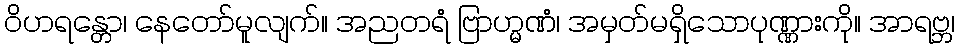
ဝိဟရန္တော၊ နေတော်မူလျက်။ အညတရံ ဗြာဟ္မဏံ၊ အမှတ်မရှိသောပုဏ္ဏားကို။ အာရဗ္ဘ၊